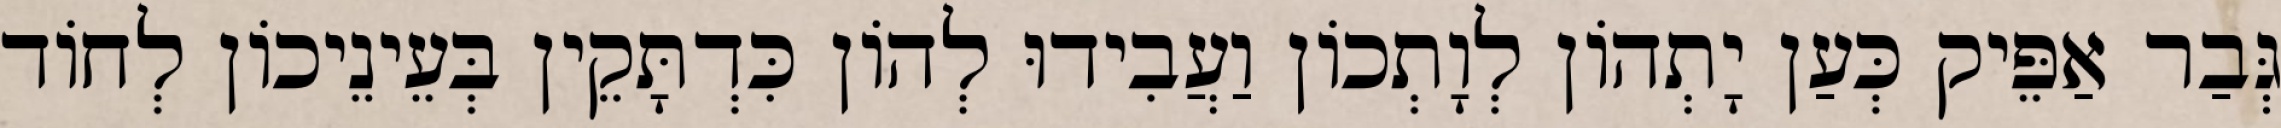
גְּבַר אַפֵּיק כְּעַן יָתְהוֹן לְוָתְכוֹן וַעֲבִידוּ לְהוֹן כִּדְתָּקֵין בְּעֵינֵיכוֹן לְחוֹד